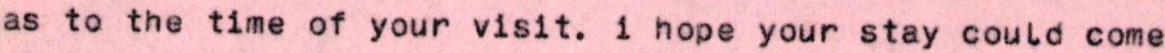
as to the time of your visit. i hope your stay could come